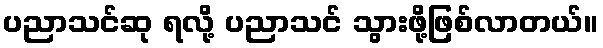
ပညာသင်ဆု ရလို့ ပညာသင် သွားဖို့ဖြစ်လာတယ်။